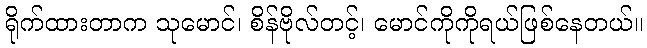
ရိုက်ထားတာက သုမောင်၊ စိန်ဗိုလ်တင့်၊ မောင်ကိုကိုရယ်ဖြစ်နေတယ်။